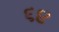
૬૪